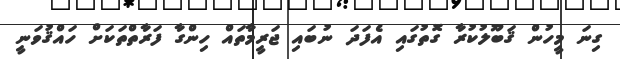
ގިނަ މީހުން ޤަބޫލުކުރާ ގޮތުގައި އެފަދަ ނުބައި ޖަރީމާތައް ހިންގާ ފަރާތްތަކަށް ހައްޤުވަނީ